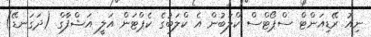
ނިއު ރޭޑިއަންޓް ސްޕޯޓްސް ކްލަބުން އެ ކްލަބުގެ ކެޕްޓަން އަލީ އަޝްފާގް (ދަގަނޑޭ)